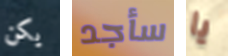
يكن سأجد يا